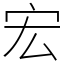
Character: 宏